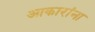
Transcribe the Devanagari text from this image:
आकारांना